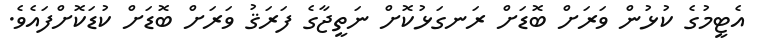
އެޓީމުގެ ކުޅުން ވަރަށް ބޮޑަށް ރަނގަޅުކޮށް ނަތީޖާގެ ފަރަޤު ވަރަށް ބޮޑަށް ކުޑަކޮށްފައެވެ.